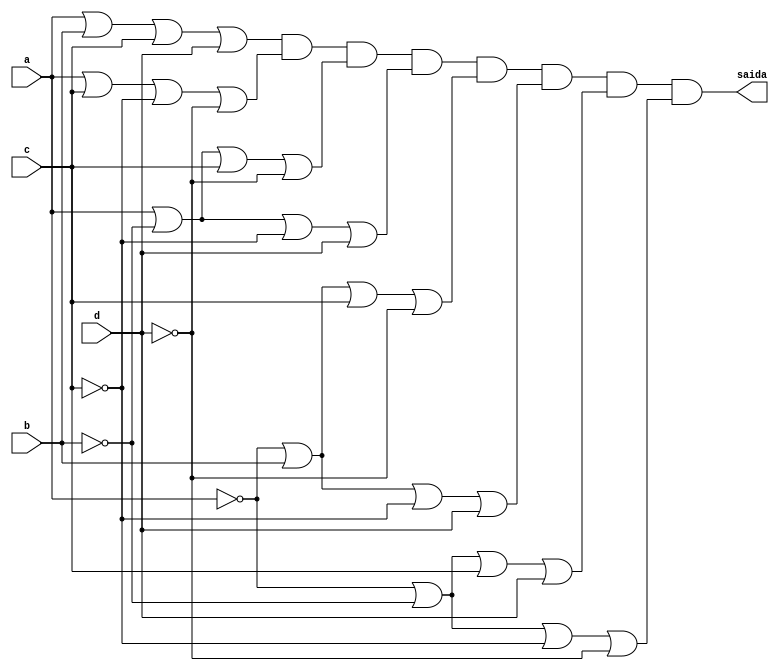
// Nome: Silvino Henrique Santos de Souza
// Matrcula: 412773

module metodoprovad ( saida,a,b,c,d );

output saida;
input a,b,c,d;
wire temp1,temp2,temp3,temp4,temp5,temp6,temp7,temp8,temp9,temp10,temp11,temp12;
wire temp13,temp14,temp15,temp16,temp17,temp18,temp19,temp20;
wire temp21,temp22,temp23,temp24;

or OR1   (temp1,a,b,c,d);
not NOT1 (temp2,c);
not NOT2 (temp3,d);
or  OR2  (temp4,a,c,temp2,temp3);
not NOT3 (temp5,b);
not NOT4 (temp6,d);
or OR3   (temp7,a,temp5,c,temp6);
not NOT5 (temp8,b);
not NOT6 (temp9,c);
or OR4   (temp10,a,temp8,temp9,d);
not NOT7 (temp11,a);
not NOT8 (temp12,d);
or OR5   (temp13,temp11,b,c,temp12);
not NOT9 (temp14,a);
not NOT10(temp15,c);
or OR6   (temp16,temp14,b,temp15,d);
not NOT11(temp17,a);
not NOT12(temp18,b);
or OR7   (temp19,temp17,temp18,c,d);
not NOT13(temp20,a);
not NOT14(temp21,b);
not NOT15(temp22,c);
not NOT16(temp23,d);
or OR8   (temp24,temp20,temp21,temp22,temp23);
and AND1 (saida,temp1,temp4,temp7,temp10,temp13,temp16,temp19,temp24);

endmodule
 
module testprova1;
reg a,b,c,d;
wire saida;

metodoprovad PROVAD ( saida,a,b,c,d );

initial begin:start
        a=0; b=0; c=0; d=0;
end

initial begin: main
#1 $display (" Circuito da questao d da prova ");
#1 $display (" a |  b |  c |  d  =  saida ");
  $monitor (" %b  | %b  | %b |  %b  =   %b ",a,b,c,d,saida);
           #1 a=0;    b=0;   c=0;   d=1;
			  #1 a=0;    b=0;   c=1;   d=0;
			  #1 a=0;    b=0;   c=1;   d=1;
			  #1 a=0;    b=1;   c=0;   d=0;
			  #1 a=0;    b=1;   c=0;   d=1;
			  #1 a=0;    b=1;   c=1;   d=0;
			  #1 a=0;    b=1;   c=1;   d=1;
			  #1 a=1;    b=0;   c=0;   d=0;
			  #1 a=1;    b=0;   c=0;   d=1;
			  #1 a=1;    b=0;   c=1;   d=0;
			  #1 a=1;    b=0;   c=1;   d=1;
			  #1 a=1;    b=1;   c=0;   d=0;
			  #1 a=1;    b=1;   c=0;   d=1;
			  #1 a=1;    b=1;   c=1;   d=0;
			  #1 a=1;    b=1;   c=1;   d=1;
			  
			  
			  
end
endmodule